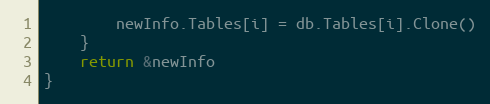
Language: Go
		newInfo.Tables[i] = db.Tables[i].Clone()
	}
	return &newInfo
}